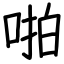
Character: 啪